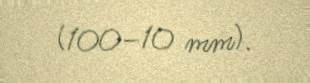
(100–10 mm).